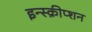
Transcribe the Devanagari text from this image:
इन्स्क्रीप्शन